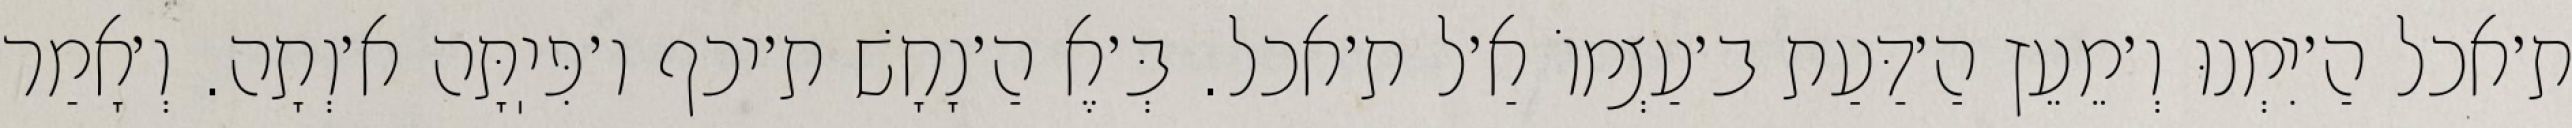
ת׳אכל הַ׳יִמְנוּ וְ׳מֵעֵץ הַ׳דַּעַת ב׳עַצְמוֹ אַ׳ל ת׳אכל. בְּ׳אֶ הַ׳נָחָשׁ ת׳יכף ו׳פִּיֽתָּה א׳וְתָה. וְ׳אָמַר